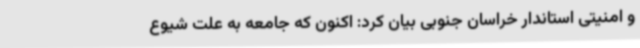
و امنیتی استاندار خراسان جنوبی بیان کرد: اکنون که جامعه به علت شیوع